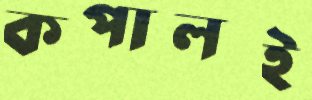
কপালই